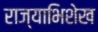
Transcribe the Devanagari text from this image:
राज्याभिशेख